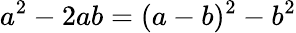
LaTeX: a^{2}-2ab=(a-b)^{2}-b^{2}